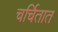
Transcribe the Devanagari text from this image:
चर्चितात